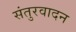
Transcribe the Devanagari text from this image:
संतुरवादन